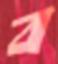
ব